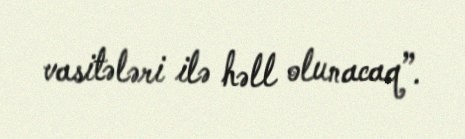
vasitələri ilə həll olunacaq”.